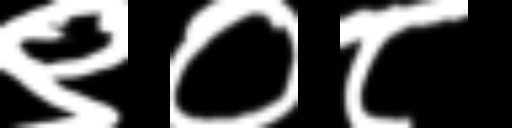
Text: ९०८